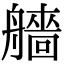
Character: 艢